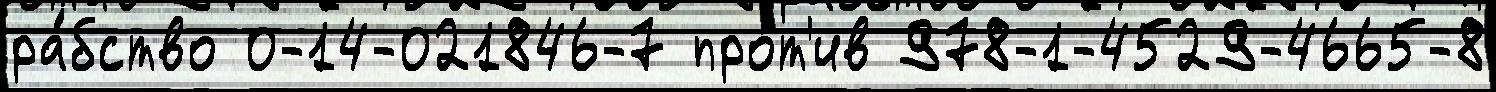
ра́бство 0-14-021846-7 про́т'ив 978-1-4529-4665-8